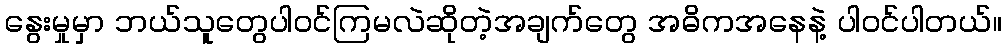
နွေးမှုမှာ ဘယ်သူတွေပါဝင်ကြမလဲဆိုတဲ့အချက်တွေ အဓိကအနေနဲ့ ပါဝင်ပါတယ်။